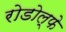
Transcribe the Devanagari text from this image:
रोडोल्फे